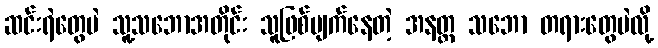
ဆင်းရဲတွေပဲ သူ့သဘောအတိုင်း သူဖြစ်ပျက်နေတဲ့ အနတ္တ သဘော တရားတွေပဲလို့